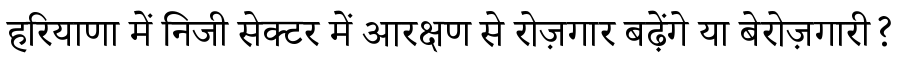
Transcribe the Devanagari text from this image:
हरियाणा में निजी सेक्टर में आरक्षण से रोज़गार बढ़ेंगे या बेरोज़गारी?